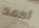
أحمد